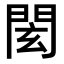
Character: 𨴋